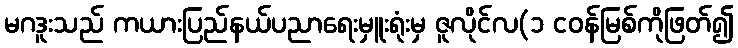
မဂဒူးသည် ကယားပြည်နယ်ပညာရေးမှူးရုံးမှ ဇူလိုင်လ(၁ ငဝန်မြစ်ကိုဖြတ်၍